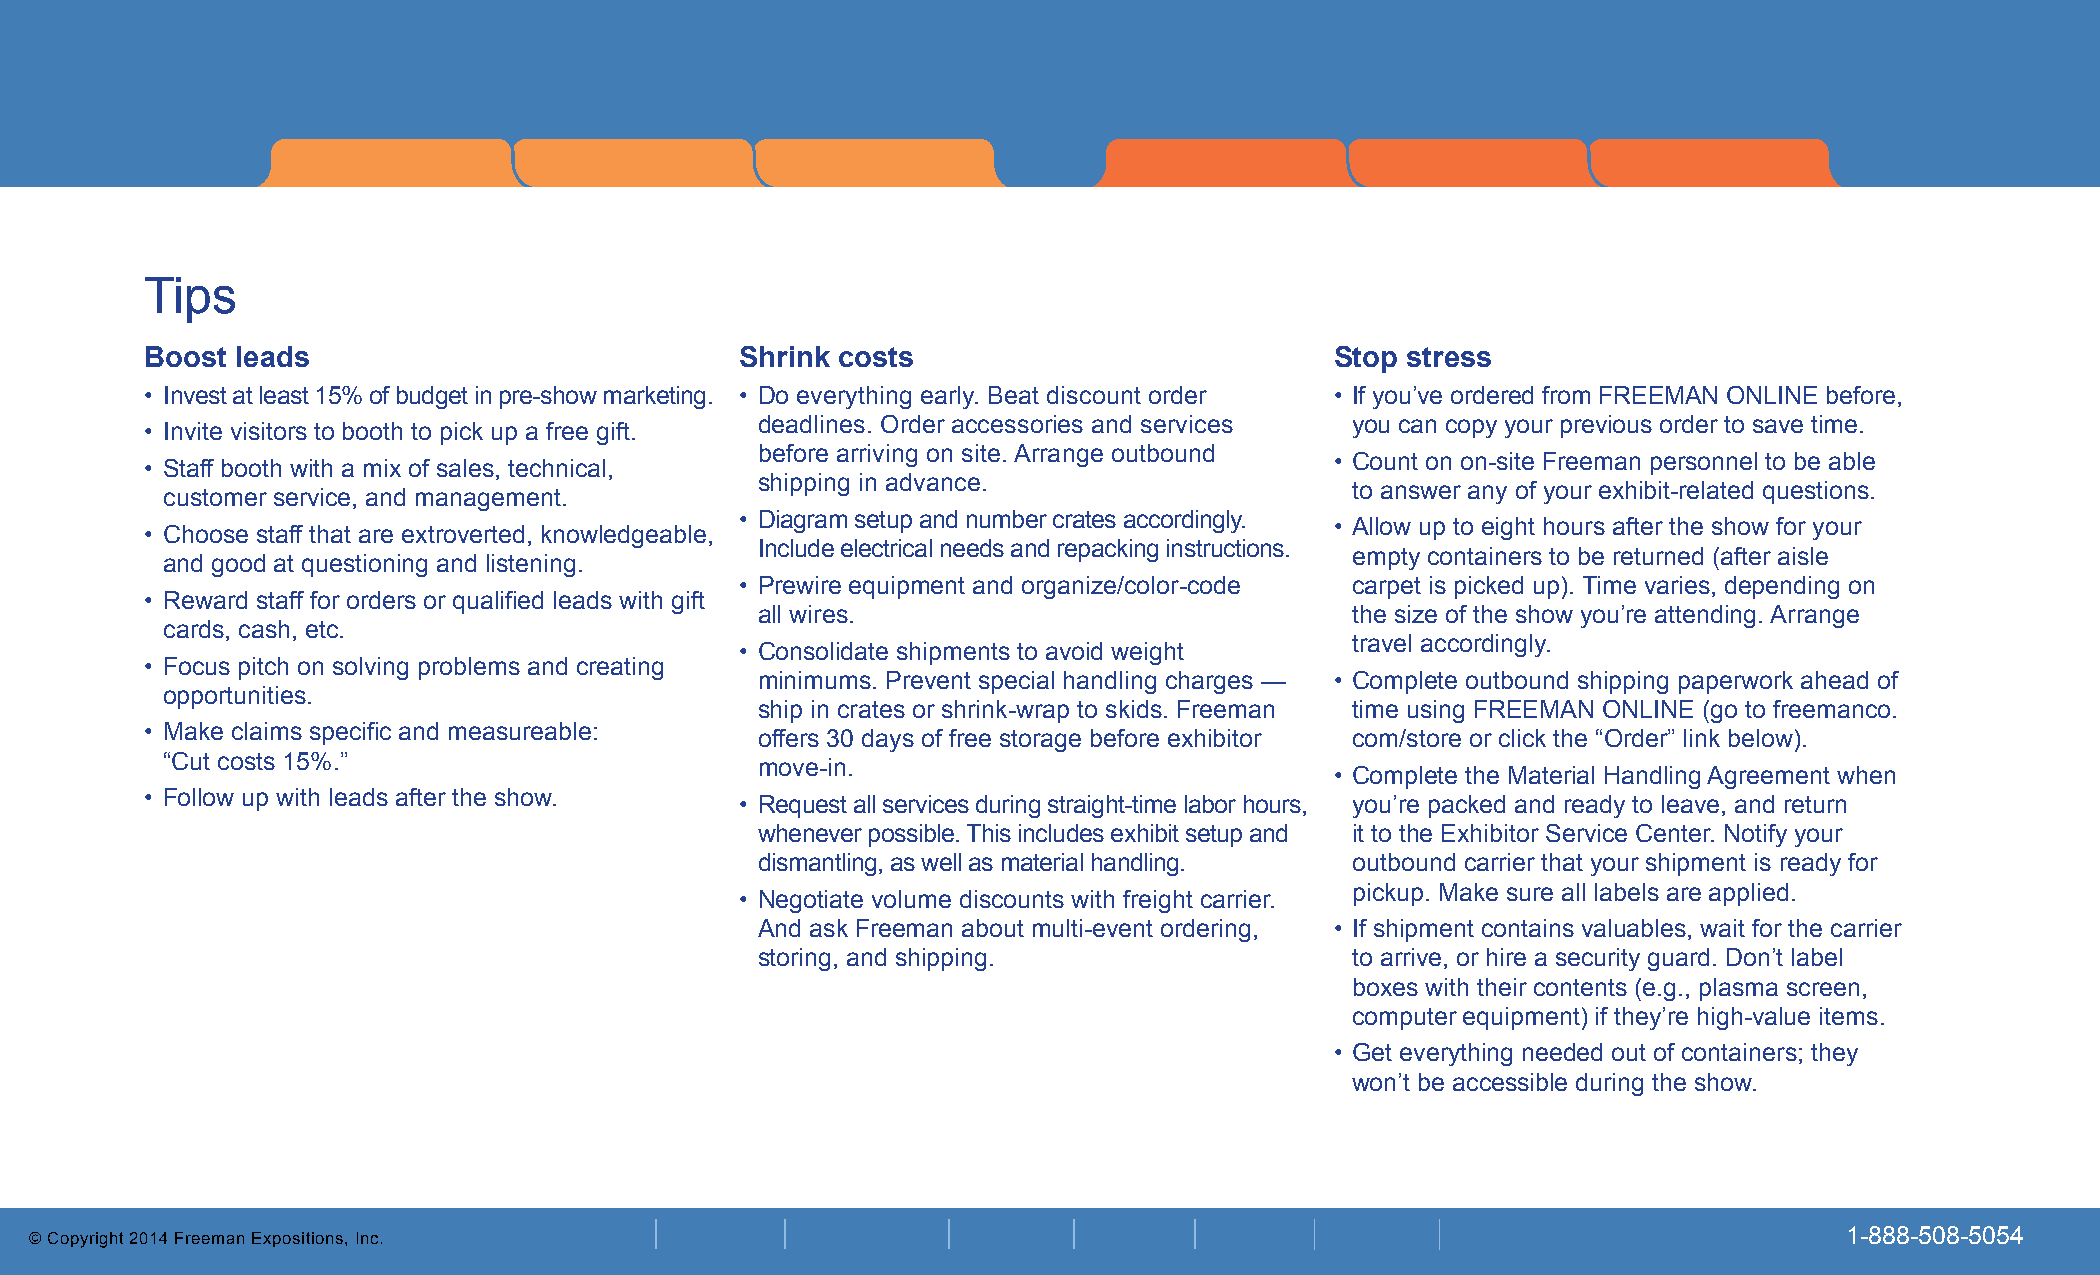
Checklist by goal
 Tips
 Boost leads                            Shrink costs                           Stop stress
 • Invest at least 15% of budget in pre-show marketing. • Do everything early. Beat discount order • If you’ve ordered from FREEMAN ONLINE before,
 deadlines. Order accessories and services you can copy your previous order to save time.
 • Invite visitors to booth to pick up a free gift.
 before arriving on site. Arrange outbound
 • Count on on-site Freeman personnel to be able
 • Staff booth with a mix of sales, technical,
 shipping in advance.
 to answer any of your exhibit-related questions.
 customer service, and management.
 • Diagram setup and number crates accordingly.
 • Allow up to eight hours after the show for your
 • Choose staff that are extroverted, knowledgeable,
 Include electrical needs and repacking instructions.
 empty containers to be returned (after aisle
 and good at questioning and listening.
 • Prewire equipment and organize/color-code carpet is picked up). Time varies, depending on
 • Reward staff for orders or qualified leads with gift
 all wires.                              the size of the show you’re attending. Arrange
 cards, cash, etc.
 travel accordingly.
 • Consolidate shipments to avoid weight
 • Focus pitch on solving problems and creating
 minimums. Prevent special handling charges — • Complete outbound shipping paperwork ahead of
 opportunities.
 ship in crates or shrink-wrap to skids. Freeman time using FREEMAN ONLINE (go to freemanco.
 • Make claims specific and measureable:
 offers 30 days of free storage before exhibitor com/store or click the “Order” link below).
 “Cut costs 15%.”
 move-in.
 • Complete the Material Handling Agreement when
 • Follow up with leads after the show.
 • Request all services during straight-time labor hours, you’re packed and ready to leave, and return
 whenever possible. This includes exhibit setup and it to the Exhibitor Service Center. Notify your
 dismantling, as well as material handling. outbound carrier that your shipment is ready for
 pickup. Make sure all labels are applied.
 • Negotiate volume discounts with freight carrier.
 And ask Freeman about multi-event ordering, • If shipment contains valuables, wait for the carrier
 storing, and shipping.                  to arrive, or hire a security guard. Don’t label
 boxes with their contents (e.g., plasma screen,
 computer equipment) if they’re high-value items.
 • Get everything needed out of containers; they
 won’t be accessible during the show.
 © Copyright 2014 Freeman Expositions, Inc.                                                                              1-888-508-5054